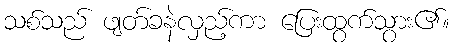
သစ်သည် ဖျတ်ခနဲလှည့်ကာ ပြေးထွက်သွား၏။